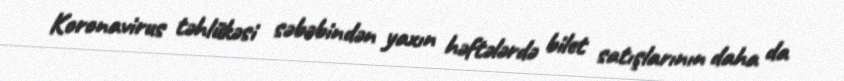
Koronavirus təhlükəsi səbəbindən yaxın həftələrdə bilet satışlarının daha da